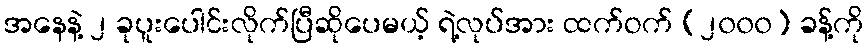
အနေနဲ့ ၂ ခုပူးပေါင်းလိုက်ပြီဆိုပေမယ့် ရဲ့လုပ်အား ထက်ဝက် (၂၀၀၀) ခန့်ကို